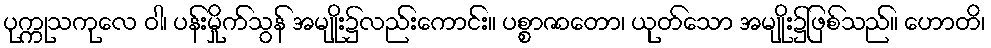
ပုက္ကုသကုလေ ဝါ၊ ပန်းမှိုက်သွန် အမျိုး၌လည်းကောင်း။ ပစ္စာဇာတော၊ ယုတ်သော အမျိုး၌ဖြစ်သည်။ ဟောတိ၊